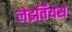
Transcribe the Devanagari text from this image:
लेइर्तिंयस